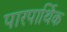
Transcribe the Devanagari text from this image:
पारपार्थिक